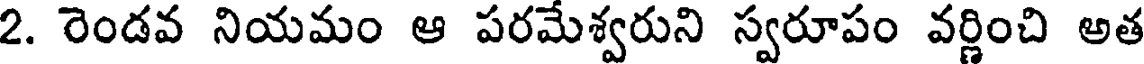
2. రెండవ నియమం ఆ పరమేశ్వరుని స్వరూపం వర్ణించి అత